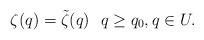
LaTeX: \begin{align*}\zeta(q)=\tilde \zeta(q)\ \ q\ge q_0, q\in U.\end{align*}